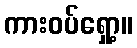
ကားဝပ်ရှော့။